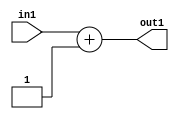
`timescale 1ps / 1ps
/*****************************************************************************
    Verilog RTL Description
    
    
    Created by: Stratus DpOpt 2019.1.01 
*******************************************************************************/

module feature_write_addr_gen_Add2i1u3_4_3 (
	in1,
	out1
	); /* architecture "behavioural" */ 
input [2:0] in1;
output [2:0] out1;
wire [2:0] asc001;

assign asc001 = 
	+(in1)
	+(3'B001);

assign out1 = asc001;
endmodule

/* CADENCE  urnzSws= : u9/ySgnWtBlWxVPRXgAZ4Og= ** DO NOT EDIT THIS LINE ******/